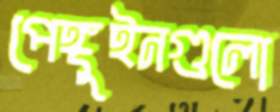
পেঙ্গুইনগুলো